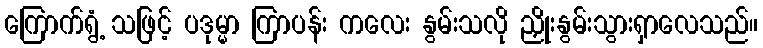
ကြောက်ရွံ့ သဖြင့် ပဒုမ္မာ ကြာပန်း ကလေး နွမ်းသလို ညှိုးနွမ်းသွားရှာလေသည်။